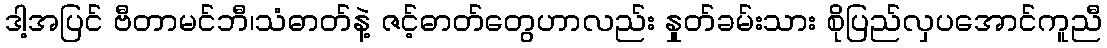
ဒါ့အပြင် ဗီတာမင်ဘီ၊သံဓာတ်နဲ့ ဇင့်ဓာတ်တွေဟာလည်း နှုတ်ခမ်းသား စိုပြည်လှပအောင်ကူညီ